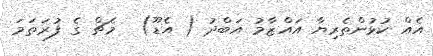
އެއް ކުޅުންތެރިޔާ އައްޒާމު އަބްދު ( އެޑޫ)  މެޗް ގެ ފުރަތަމަ